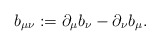
\begin{align*}b_{\mu\nu}:=\partial_\mu b_\nu - \partial_\nu b_\mu .\end{align*}